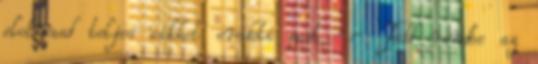
elolvasd teljes cikket eredeti post -:- Tedd rendbe az